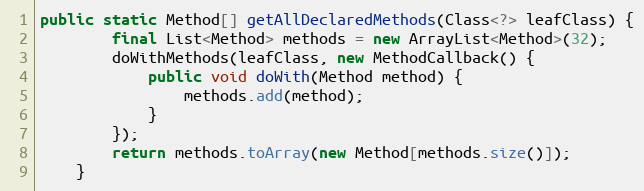
Language: Java
public static Method[] getAllDeclaredMethods(Class<?> leafClass) {
		final List<Method> methods = new ArrayList<Method>(32);
		doWithMethods(leafClass, new MethodCallback() {
			public void doWith(Method method) {
				methods.add(method);
			}
		});
		return methods.toArray(new Method[methods.size()]);
	}